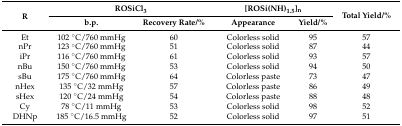
<table><thead><tr><td rowspan="2"><b>R</b></td><td colspan="2"><b>ROSiCl<sub>3</sub></b></td><td colspan="2"><b>[ROSi(NH)<sub>1.5</sub>]<sub>n</sub></b></td><td rowspan="2"><b>Total Yield/%</b></td></tr><tr><td><b>b.p.</b></td><td><b>Recovery Rate/%</b></td><td><b>Appearance</b></td><td><b>Yield/%</b></td></tr></thead><tbody><tr><td>Et</td><td>102 °C/760 mmHg</td><td>60</td><td>Colorless solid</td><td>95</td><td>57</td></tr><tr><td>nPr</td><td>123 °C/760 mmHg</td><td>51</td><td>Colorless solid</td><td>87</td><td>44</td></tr><tr><td>iPr</td><td>116 °C/760 mmHg</td><td>61</td><td>Colorless solid</td><td>93</td><td>57</td></tr><tr><td>nBu</td><td>150 °C/760 mmHg</td><td>53</td><td>Colorless solid</td><td>94</td><td>50</td></tr><tr><td>sBu</td><td>175 °C/760 mmHg</td><td>64</td><td>Colorless paste</td><td>73</td><td>47</td></tr><tr><td>nHex</td><td>135 °C/32 mmHg</td><td>57</td><td>Colorless paste</td><td>86</td><td>49</td></tr><tr><td>sHex</td><td>120 °C/24 mmHg</td><td>54</td><td>Colorless paste</td><td>88</td><td>48</td></tr><tr><td>Cy</td><td>78 °C/11 mmHg</td><td>53</td><td>Colorless solid</td><td>98</td><td>52</td></tr><tr><td>DHNp</td><td>185 °C/16.5 mmHg</td><td>52</td><td>Colorless solid</td><td>97</td><td>51</td></tr></tbody></table>